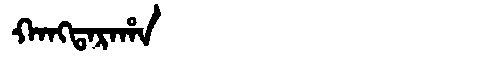
Manchu: ᡴᠠᠩᡨᠠᡵᠠᡥᠠ
Romanization: KANGTARAHA